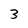
Character: 3